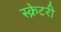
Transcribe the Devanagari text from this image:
स्क्रेटरी